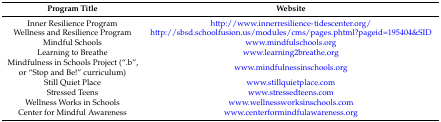
<table><thead><tr><td><b>Program Title</b></td><td><b>Website</b></td></tr></thead><tbody><tr><td>Inner Resilience Program</td><td>http://www.innerresilience-tidescenter.org/</td></tr><tr><td>Wellness and Resilience Program</td><td>http://sbsd.schoolfusion.us/modules/cms/pages.phtml?pageid=195404&amp;SID</td></tr><tr><td>Mindful Schools</td><td>www.mindfulschools.org</td></tr><tr><td>Learning to Breathe</td><td>www.learning2breathe.org</td></tr><tr><td>Mindfulness in Schools Project (“.b”, or “Stop and Be!” curriculum)</td><td>www.mindfulnessinschools.org</td></tr><tr><td>Still Quiet Place</td><td>www.stillquietplace.com</td></tr><tr><td>Stressed Teens</td><td>www.stressedteens.com</td></tr><tr><td>Wellness Works in Schools</td><td>www.wellnessworksinschools.com</td></tr><tr><td>Center for Mindful Awareness</td><td>www.centerformindfulawareness.org</td></tr></tbody></table>